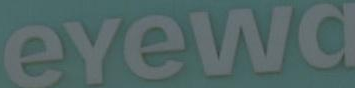
eyewa